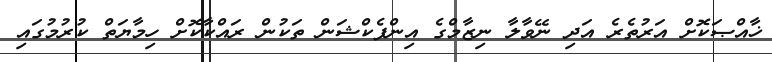
ޚާއްޞަކޮށް އަރުތެރެ އަދި ނޭވާލާ ނިޒާމްގެ އިންފެކްޝަން ތަކުން ރައްކާކޮށް ހިމާޔަތް ކުރުމުގައި